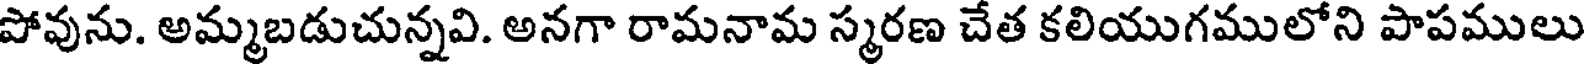
పోవును. అమ్మబడుచున్నవి. అనగా రామనామ స్మరణ చేత కలియుగములోని పాపములు